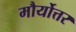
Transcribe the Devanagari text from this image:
मौर्योत्तर